Indian journal of veterinary science and animal husbandry - Volume 5,
Year: 1935
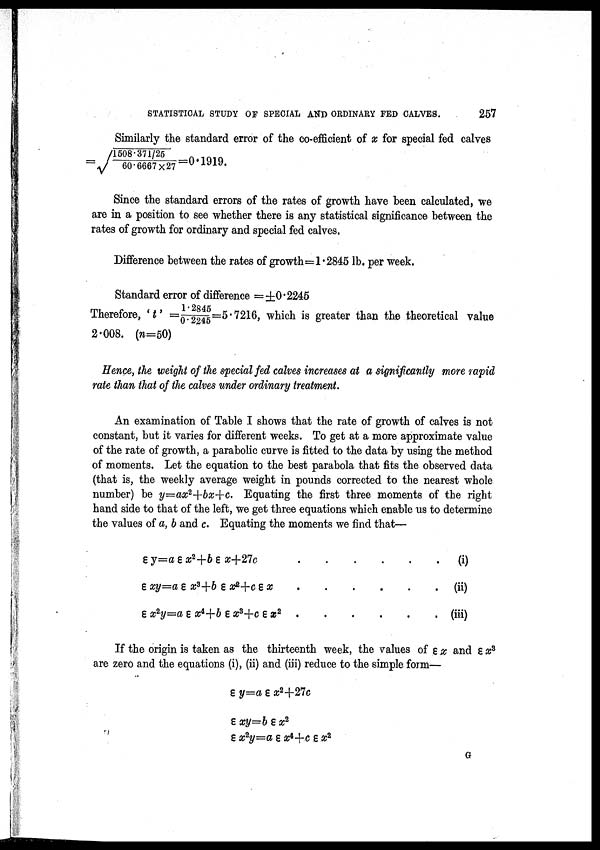
STATISTICAL STUDY OF SPECIAL AND ORDINARY FED CALVES.
257
Similarly the standard error of the co-efficient of x for special fed calves
=
1508. 371/ 25/ √60. 6667×27
=0.1919
Since the standard errors of the rates of growth have been calculated, we
are in a position to see whether there is any statistical significance between the
rates of growth for ordinary and special fed calves.
Difference between the rates of growth=1.2845 lb. per week.
Standard error of difference = ±0.2245
Therefore, 't' =1.2845/0.2245=5.7216, which is greater than the theoretical value
2.008. (n=50)
Hence, the weight of the special fed calves increases at a significantly more rapid
rate than that of the calves under ordinary treatment.
An examination of Table I shows that the rate of growth of calves is not
constant, but it varies for different weeks. To get at a more approximate value
of the rate of growth, a parabolic curve is fitted to the data by using the method
of moments. Let the equation to the best parabola that fits the observed data
(that is, the weekly average weight in pounds corrected to the nearest whole
number) be y=ax 2 +bx+c. Equating the first three moments of the right
hand side to that of the left, we get three equations which enable us to determine
the values of a, b and c. Equating the moments we find that—
ε y=a ε x 2 +b ε x+27c . . . . . .
ε xy=a ε x 3 +b ε x 2 +c ε x . . . . . .
ε x 2 y=a ε x 4 +b ε x 8 +c ε x 2 . . . . . .
(i)
(ii)
(iii)
If the origin is taken as the thirteenth week, the values of ε x and ε x 3
are zero and the equations (i), (ii) and (iii) reduce to the simple form—
ε y=a ε x 2 +27c
ε xy=b ε x 2
ε x 2 y=a ε x 4 +c ε x 2
G